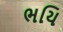
ભયિ